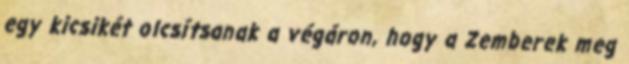
egy kicsikét olcsítsanak a végáron, hogy a Zemberek meg